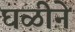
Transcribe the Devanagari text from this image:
घळीने